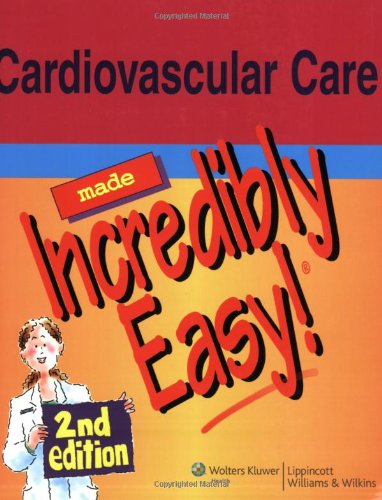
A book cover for Cardiovascular Care Made Incredibly Easy! (Incredibly Easy! SeriesÂ®); Medical Books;